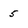
Character: 5